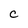
Character: C